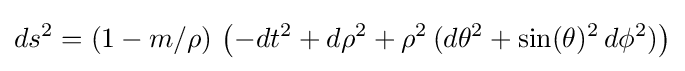
ds^{2}=(1-m/\rho )\,\left(-dt^{2}+d\rho ^{2}+\rho ^{2}\,(d\theta ^{2}+\sin(\theta )^{2}\,d\phi ^{2})\right)